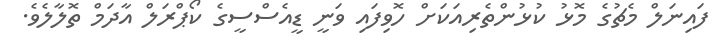
ފައިނަލް މެޗުގެ މޮޅު ކުޅުންތެރިއަކަށް ހޮވިފައި ވަނީ ޑީއެސްސީގެ ކޯޕްރަލް އާދަމް ތޮލާލެވެ.